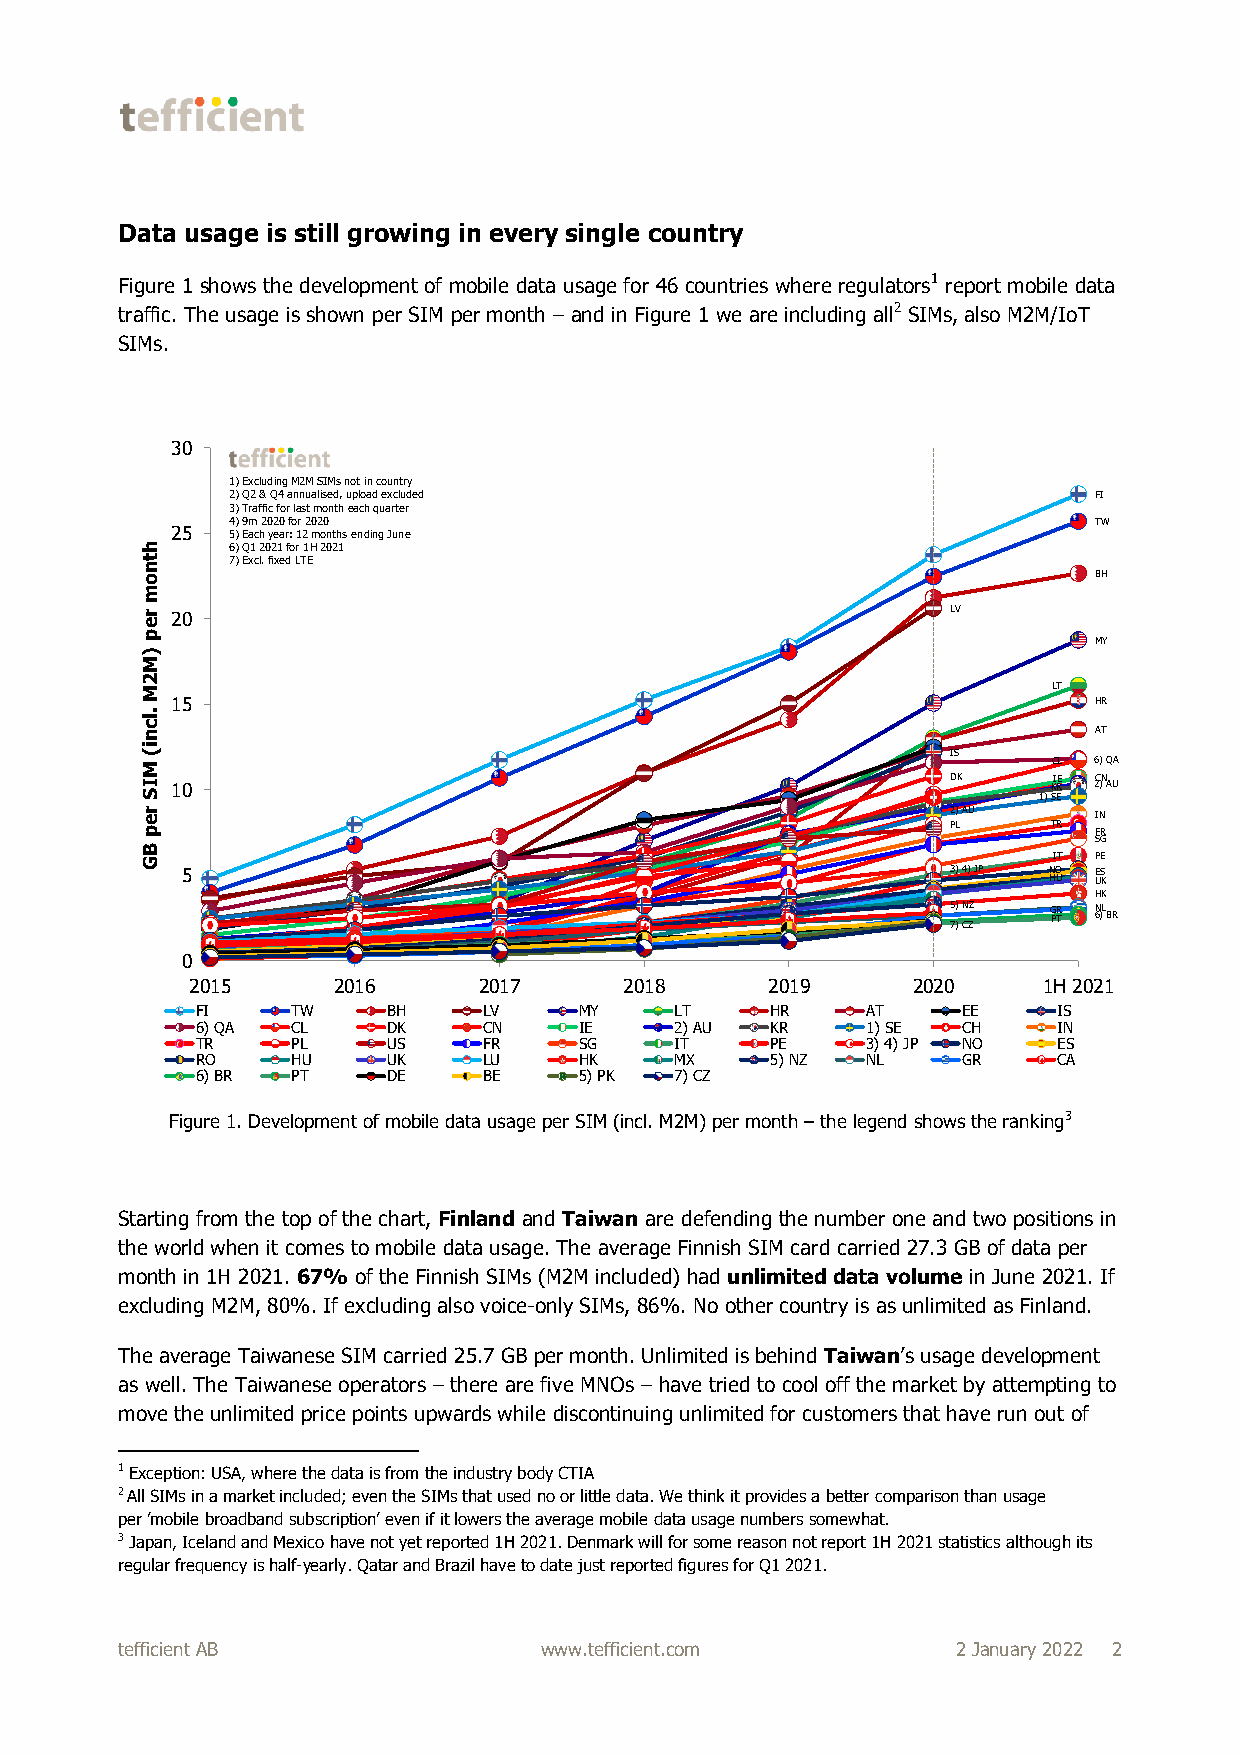
Data usage is still growing in every single country
 Figure 1 shows the development of mobile data usage for 46 countries where regulators1 report mobile data
 traffic. The usage is shown per SIM per month – and in Figure 1 we are including all2 SIMs, also M2M/IoT
 SIMs.
 30
 1) Excluding M2M SIMs not in country
 2) Q2 & Q4 annualised, upload excluded                   FI
 3) Traffic for last montheach quarter
 4) 9m 2020 for 2020                                      TW
 25  5) Each year: 12 months ending June
 h     6) Q1 2021 for 1H 2021
 t n   7) Excl. fixed LTE
 o                                                              BH
 m
 r 20                                                  LV
 e
 p
 )
 MY
 M
 2
 M                                                            LT
 .lc
 15                                                           HR
 n                                                              AT
 i(
 IS
 M                                                            CL 6) QA
 I S 10                                                DK    1) K SI R EE 2C)N AU
 r e p                                                 P2 L) AU TR I FN R
 B
 SG
 G                                                            IT PE
 5                                                  3) 4) JP N HO U E US K
 HK
 5) NZ G PR T 6N )L BR
 7) CZ
 0
 2015     2016      2017     2018      2019     2020     1H 2021
 FI    TW     BH    LV    MY     LT    HR    AT     EE    IS
 6) QA CL     DK    CN    IE     2) AU KR    1) SE  CH    IN
 TR    PL     US    FR    SG     IT    PE    3) 4) JP NO  ES
 RO    HU     UK    LU    HK     MX    5) NZ NL     GR    CA
 6) BR PT     DE    BE    5) PK  7) CZ
 Figure 1. Development of mobile data usage per SIM (incl. M2M) per month – the legend shows the ranking3
 Starting from the top of the chart, Finland and Taiwan are defending the number one and two positions in
 the world when it comes to mobile data usage. The average Finnish SIM card carried 27.3 GB of data per
 month in 1H 2021. 67% of the Finnish SIMs (M2M included) had unlimited data volume in June 2021. If
 excluding M2M, 80%. If excluding also voice-only SIMs, 86%. No other country is as unlimited as Finland.
 The average Taiwanese SIM carried 25.7 GB per month. Unlimited is behind Taiwan’s usage development
 as well. The Taiwanese operators – there are five MNOs – have tried to cool off the market by attempting to
 move the unlimited price points upwards while discontinuing unlimited for customers that have run out of
 1 Exception: USA, where the data is from the industry body CTIA
 2 All SIMs in a market included; even the SIMs that used no or little data. We think it provides a better comparison than usage
 per ’mobile broadband subscription’ even if it lowers the average mobile data usage numbers somewhat.
 3 Japan, Iceland and Mexico have not yet reported 1H 2021. Denmark will for some reason not report 1H 2021 statistics although its
 regular frequency is half-yearly. Qatar and Brazil have to date just reported figures for Q1 2021.
 tefficient AB               www.tefficient.com         2 January 2022 2